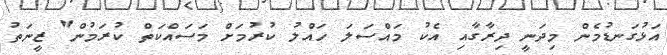
އަޅުގަނޑުމެން މިދަނީ ދިރާގާއި އެކު މައްސަލަ ހައްލު ކުރުމަށް މަސައްކަތް ކުރަމުން" ޒީނަތު